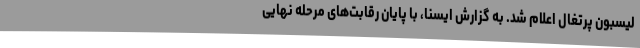
لیسبون پرتغال اعلام شد. به گزارش ایسنا، با پایان رقابت‌های مرحله نهایی